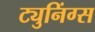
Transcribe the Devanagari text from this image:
ट्युनिंग्स